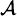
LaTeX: \scriptstyle{\mathcal{A}}